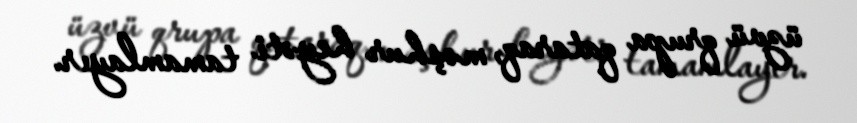
üzvü qrupa qataraq, məşhur heyəti tamamlayır.